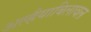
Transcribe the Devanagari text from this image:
अल्हैयाबिलावल